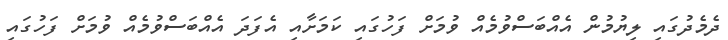
ދެމެދުގައި ލިޔުމުން އެއްބަސްވުމެއް ވުމަށް ފަހުގައި ކަމަށާއި އެފަދަ އެއްބަސްވުމެއް ވުމަށް ފަހުގައި